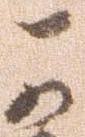
可